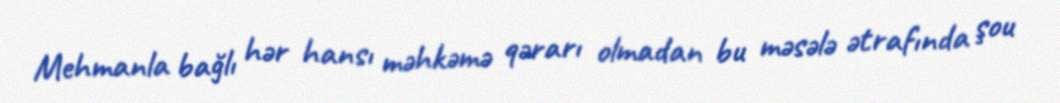
Mehmanla bağlı hər hansı məhkəmə qərarı olmadan bu məsələ ətrafında şou